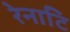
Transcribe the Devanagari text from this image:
रेनाटि